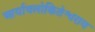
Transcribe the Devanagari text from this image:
आर्यावलोकितेश्वराय